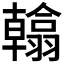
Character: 𮋖